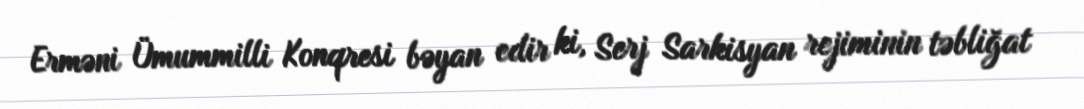
Erməni Ümummilli Konqresi bəyan edir ki, Serj Sarkisyan rejiminin təbliğat